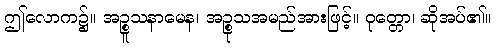
ဤလောက၌။ အဉ္စူသနာမေန၊ အဉ္စုသအမည်အားဖြင့်။ ဝုတ္တော၊ ဆိုအပ်၏။